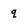
Character: q